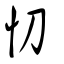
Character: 忉